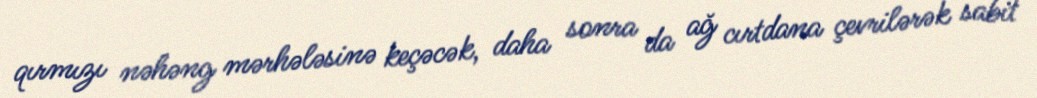
qırmızı nəhəng mərhələsinə keçəcək, daha sonra da ağ cırtdana çevrilərək sabit